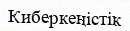
Киберкеңістік